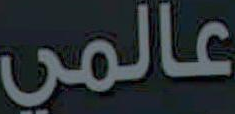
عالمي